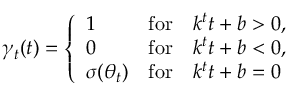
\gamma _ { t } ( t ) = \left\{ \begin{array} { l l } { 1 } & { \mathrm { f o r } \quad k ^ { t } t + b > 0 , } \\ { 0 } & { \mathrm { f o r } \quad k ^ { t } t + b < 0 , } \\ { \sigma ( \theta _ { t } ) } & { \mathrm { f o r } \quad k ^ { t } t + b = 0 } \end{array} \right.